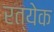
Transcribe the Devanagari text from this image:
रत्येक